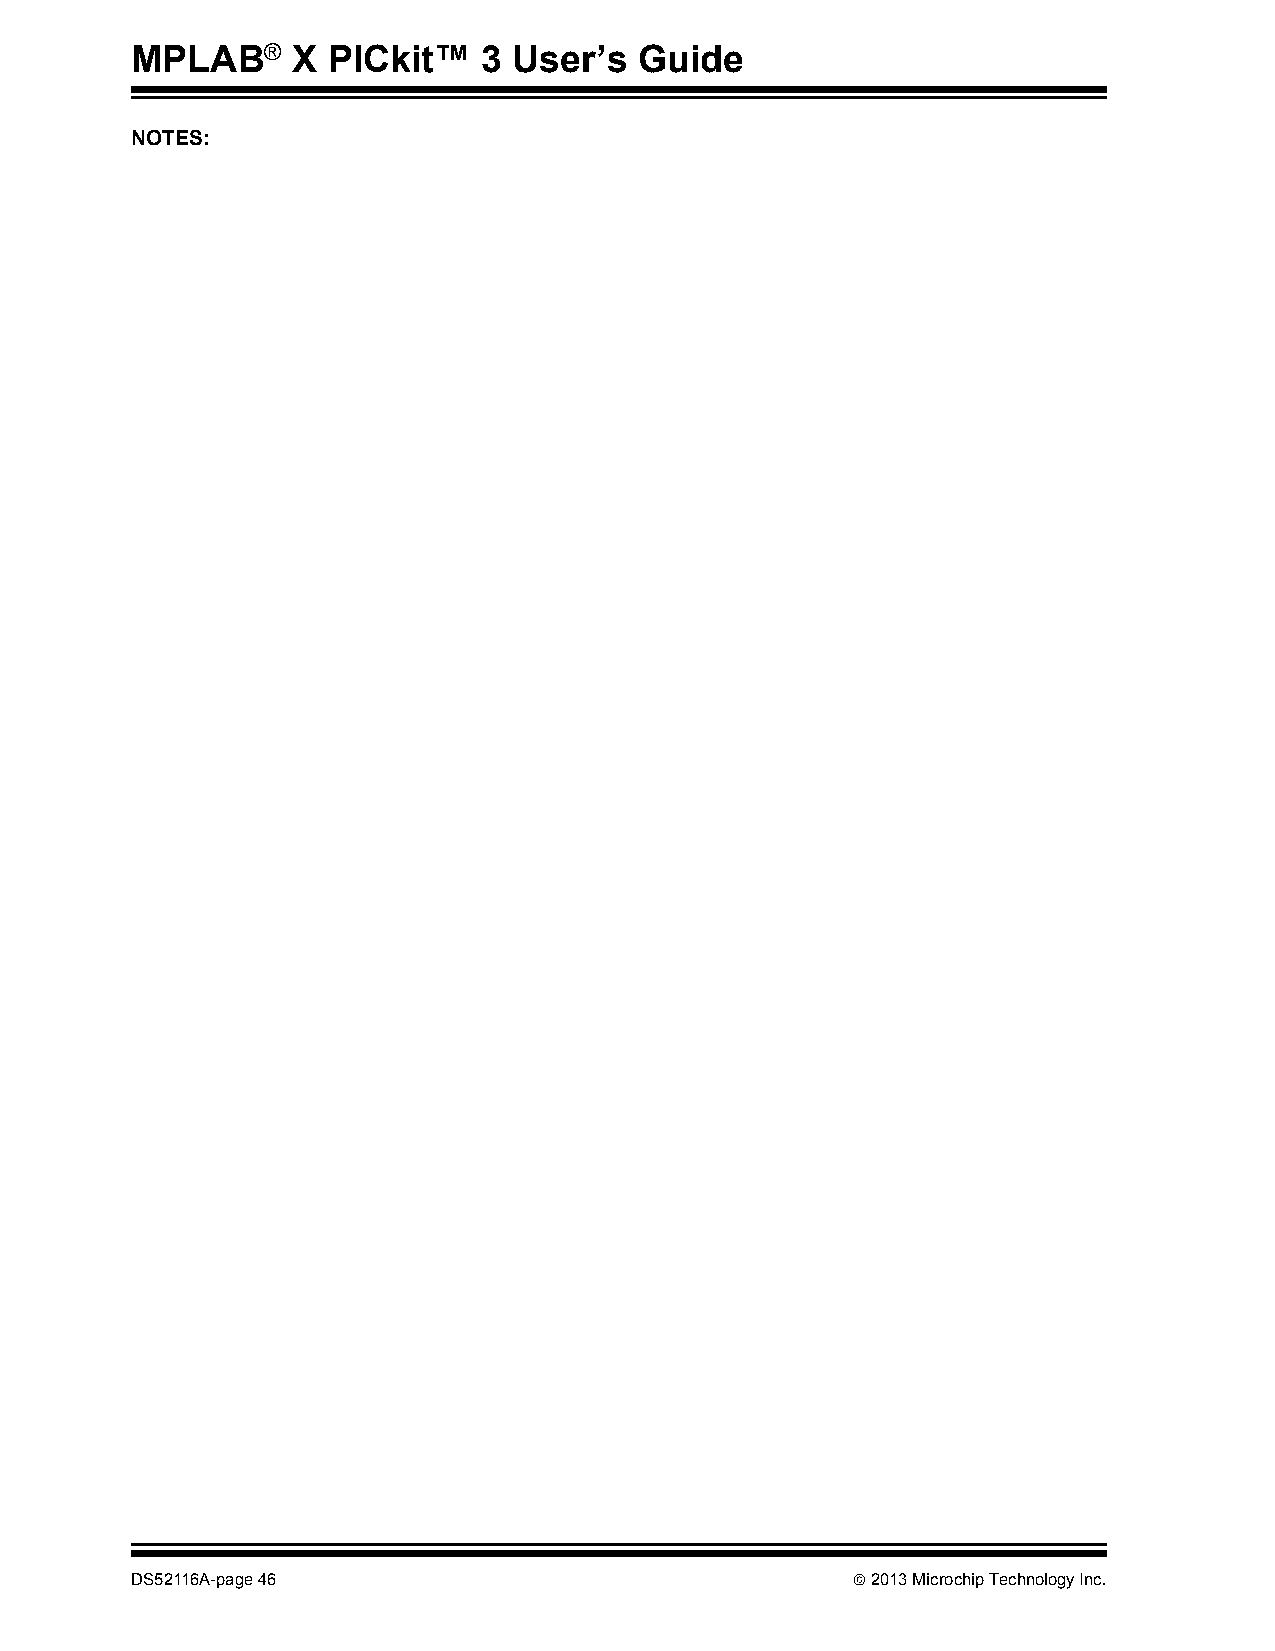
MPLAB®    X  PICkit™   3 User’s  Guide
 NOTES:
 DS52116A-page 46                                2013 Microchip Technology Inc.